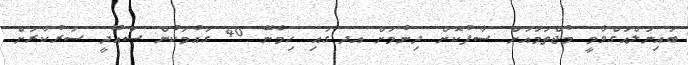
ބައިނަލްއަގްވާމީ މުޖްތަމައަށް ސާފުކޮށް ދިނުމަށް އދ.ގައި ހިމެނޭ 40 ގައުމަކުން ސައޫދީ ސަރުކާރަށް